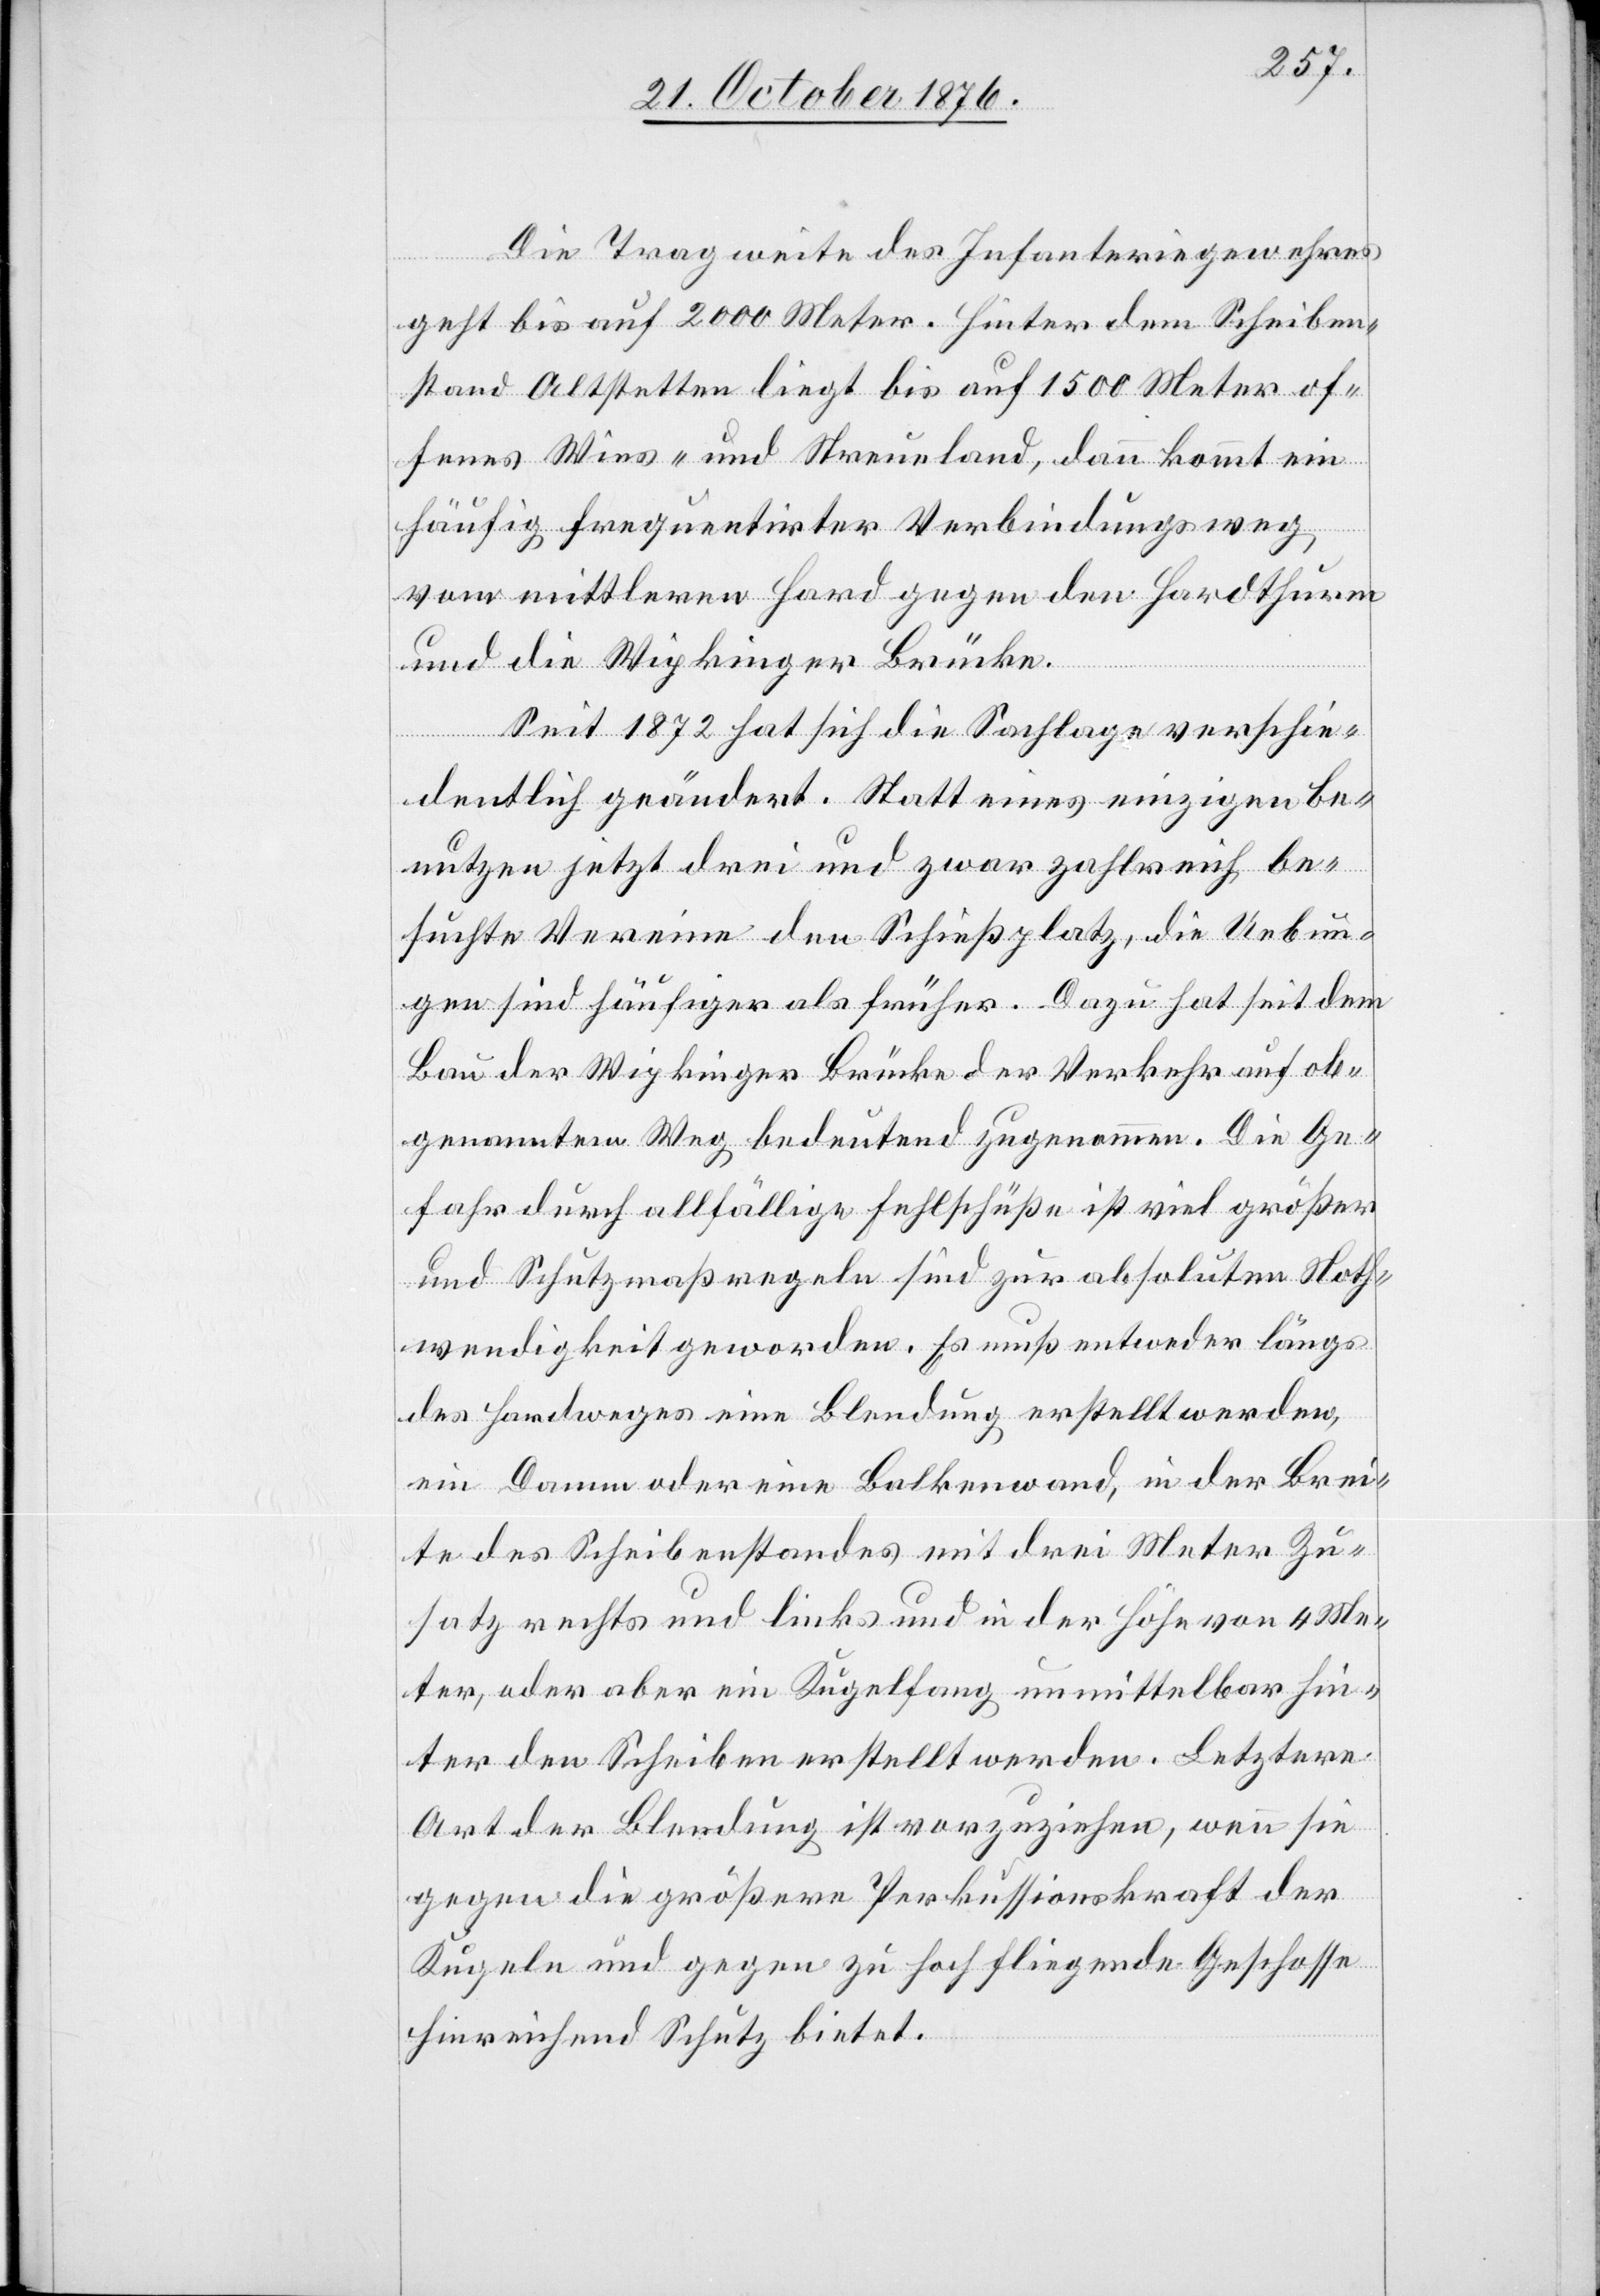
Die Tragweite des Infanteriegewehres
geht bis auf 2000 Meter. Hinter dem Scheiben¬
stand Altstetten liegt bis auf 1500 Meter of¬
fenes Wies- und Streuland, dann kommt ein
häufig frequentirter Verbindungsweg
vom mittleren Hard gegen den Hardthurm
und die Wipkinger Brücke.
Seit 1872 hat sich die Sachlage verschie¬
dentlich geändert. Statt eines einzigen be¬
nutzen jetzt drei und zwar zahlreich be¬
suchte Vereine den Schießplatz, die Uebun¬
gen sind häufiger als früher. Dazu hat seit dem
Bau der Wipkinger Brücke der Verkehr auf ob¬
genanntem Weg bedeutend zugenommen. Die Ge¬
fahr durch allfällige Fehlschüße ist viel größer
und Schutzmaßregeln sind zur absoluten Noth¬
wendigkeit geworden. Es muß entweder längs
des Hardweges eine Blendung erstellt werde,
ein Damm oder eine Balkenwand, in der Brei¬
te des Scheibenstandes mit drei Meter Zu¬
satz rechts und links und in der Höhe von 4 Me¬
ter, oder aber ein Kugelfang unmittelbar hin¬
ter den Scheiben erstellt werden. Letztere
Art der Blendung ist vorzuziehen, wenn sei
gegen die größere Perkussionskraft der
Kugeln und gegen zu hoch fliegende Geschosse
hinreichend Schutz bietet.